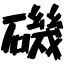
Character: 磯